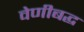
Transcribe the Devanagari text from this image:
वेणीबद्ध